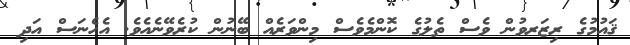
ޤައުމުގެ ރިޒަރވުން ވެސް ތެލުގެ ކޮންމެވެސް މިންވަރެއް ބޭނުން ކުރެވޭނެއެވެ. އެހެނަސް އަދި